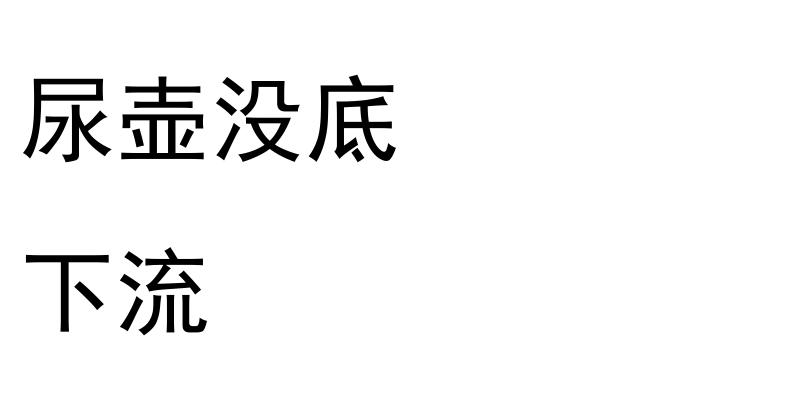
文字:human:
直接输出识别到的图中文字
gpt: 尿壶没底 下流